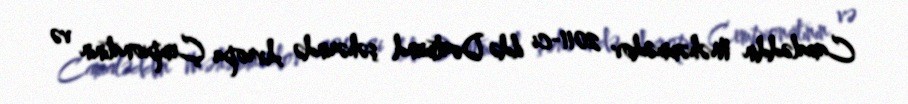
Camaləddin Məhəmmədov 2011-ci ildə Dortmund şəhərində Avropa Çempionatının və